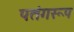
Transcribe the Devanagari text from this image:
पतंगरूप